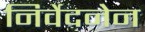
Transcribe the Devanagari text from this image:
निर्वेदनेन